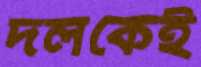
দলকেই